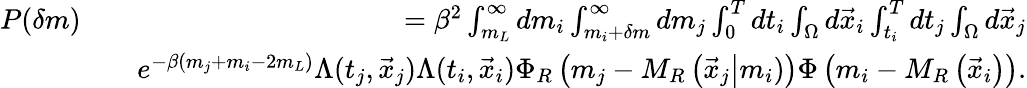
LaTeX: \begin{array}{rlr}{P(\delta m)}&{}&{=\beta^{2}\int_{m_{L}}^{\infty}dm_{i}\int_{m_{i}+\delta m}^{\infty}dm_{j}\int_{0}^{T}dt_{i}\int_{\Omega}d\vec{x}_{i}\int_{t_{i}}^{T}dt_{j}\int_{\Omega}d\vec{x}_{j}}\\ &{}&{e^{-\beta(m_{j}+m_{i}-2m_{L})}\Lambda(t_{j},\vec{x}_{j})\Lambda(t_{i},\vec{x}_{i})\Phi_{R}\left(m_{j}-M_{R}\left(\vec{x}_{j}\right\vert m_{i})\right)\Phi\left(m_{i}-M_{R}\left(\vec{x}_{i}\right)\right).}\end{array}